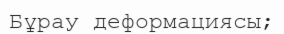
Бұрау деформациясы;